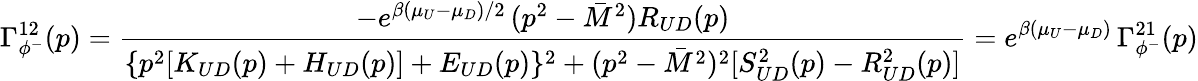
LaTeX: \Gamma_{\phi^{-}}^{12}(p)=\frac{-e^{\beta(\mu_{U}-\mu_{D})/2}\, (p^{2}-\bar{M}^{2})R_{UD}(p)}{\{ p^{2}[K_{UD}(p)+H_{UD}(p)]+E_{UD}(p)\} ^{2}+(p^{2}-\bar{M}^{2})^{2}[S_{UD}^{2}(p)-R_{UD}^{2}(p)]}=e^{\beta(\mu_{U}-\mu_{D})}\, \Gamma_{\phi^{-}}^{21}(p)